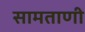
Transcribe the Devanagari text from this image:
सामताणी